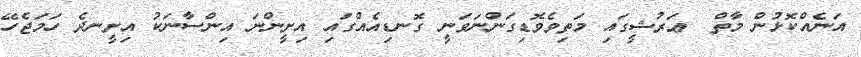
އަނެއްކޮޅުން މާތް  ޢަރުޝީގައި މަތިވެވޮޑިގަންނަވަނީ ގޮނޑިއެއްގައި އިށީންނަ އިންސާނަކު އިށީނދެ ހަމަޖެހޭ